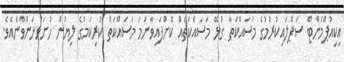
އިކިއުޕްމެންޓް ސަޕްލައިކުރުމުގެ މަސައްކަތާ ގުޅޭ މަސައްކަތެއް ކޮށްފައިވާނަމަ މަސައްކަތް ކުރިކަމުގެ ލިޔުން ހުށަހަޅަންވާނެއެވެ.